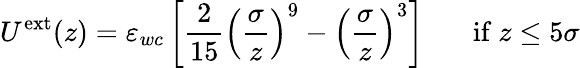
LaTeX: U^{\mathrm{ext}}(z)=\varepsilon_{wc}\left[\frac{2}{15}\left(\frac{\sigma}{z}\right)^{9}-\left(\frac{\sigma}{z}\right)^{3}\right]~~~~~~~\mathrm{if~}z\leq 5\sigma